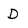
Character: D